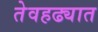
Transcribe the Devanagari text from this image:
तेवहढ्यात